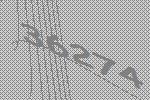
36274